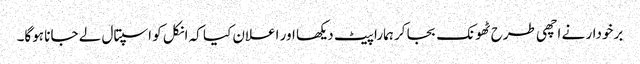
برخودار نے اچھی طرح ٹھونک بجا کر ہمارا پیٹ دیکھا اور اعلان کیا کہ انکل کو اسپتال لے جانا ہوگا۔